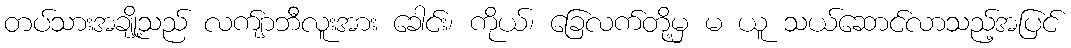
တပ်သားအချို့သည် လက်ျာဘီလူးအား ခေါင်း၊ ကိုယ်၊ ခြေလက်တို့မှ မ ယူ သယ်ဆောင်လာသည့်အပြင်